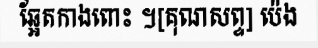
ឆ្អែតកាងពោះ ។[គុណសព្ទ] ប៉េង